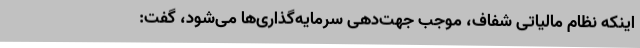
اینکه نظام مالیاتی شفاف، موجب جهت‌دهی سرمایه‌گذاری‌ها می‌شود، گفت: